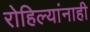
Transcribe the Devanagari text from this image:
रोहिल्यांनाही